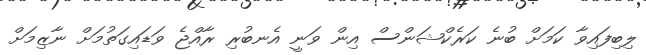
ލިބިފައިވާ ކަމަށް ބުނެ ކަރެކްޝަންސް އިން ވަނީ އެނބުރި ރާއްޖެ ވަޑައިގަތުމަށް ނާޒިމަށް